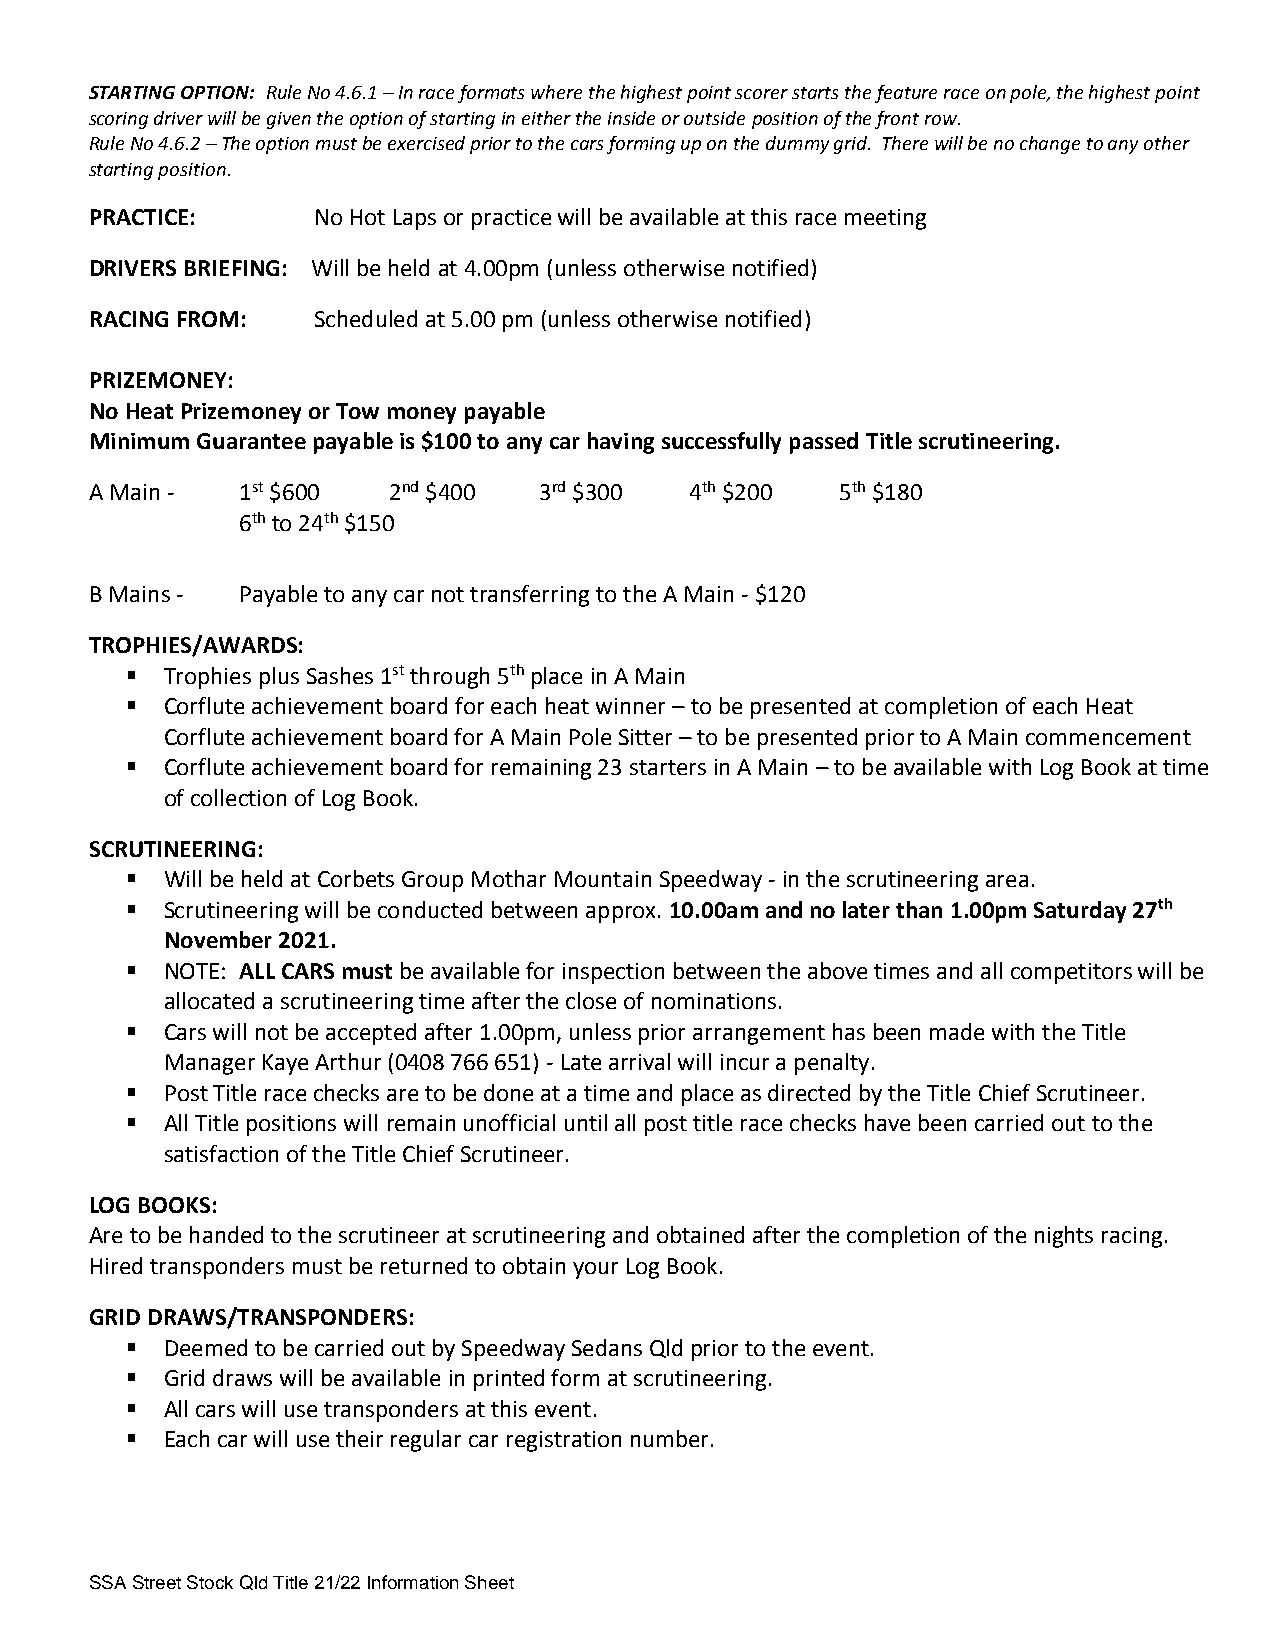
STARTING OPTION: Rule No 4.6.1 – In race formats where the highest point scorer starts the feature race on pole, the highest point
 scoring driver will be given the option of starting in either the inside or outside position of the front row.
 Rule No 4.6.2 – The option must be exercised prior to the cars forming up on the dummy grid. There will be no change to any other
 starting position.
 PRACTICE:      No Hot Laps or practice will be available at this race meeting
 DRIVERS BRIEFING: Will be held at 4.00pm (unless otherwise notified)
 RACING FROM:   Scheduled at 5.00 pm (unless otherwise notified)
 PRIZEMONEY:
 No Heat Prizemoney or Tow money payable
 Minimum Guarantee payable is $100 to any car having successfully passed Title scrutineering.
 A Main -  1st $600  2nd $400  3rd $300  4th $200  5th $180
 6th to 24th $150
 B Mains - Payable to any car not transferring to the A Main - $120
 TROPHIES/AWARDS:
   Trophies plus Sashes 1st through 5th place in A Main
   Corflute achievement board for each heat winner – to be presented at completion of each Heat
 Corflute achievement board for A Main Pole Sitter – to be presented prior to A Main commencement
   Corflute achievement board for remaining 23 starters in A Main – to be available with Log Book at time
 of collection of Log Book.
 SCRUTINEERING:
   Will be held at Corbets Group Mothar Mountain Speedway - in the scrutineering area.
   Scrutineering will be conducted between approx. 10.00am and no later than 1.00pm Saturday 27th
 November 2021.
   NOTE: ALL CARS must be available for inspection between the above times and all competitors will be
 allocated a scrutineering time after the close of nominations.
   Cars will not be accepted after 1.00pm, unless prior arrangement has been made with the Title
 Manager Kaye Arthur (0408 766 651) - Late arrival will incur a penalty.
   Post Title race checks are to be done at a time and place as directed by the Title Chief Scrutineer.
   All Title positions will remain unofficial until all post title race checks have been carried out to the
 satisfaction of the Title Chief Scrutineer.
 LOG BOOKS:
 Are to be handed to the scrutineer at scrutineering and obtained after the completion of the nights racing.
 Hired transponders must be returned to obtain your Log Book.
 GRID DRAWS/TRANSPONDERS:
   Deemed to be carried out by Speedway Sedans Qld prior to the event.
   Grid draws will be available in printed form at scrutineering.
   All cars will use transponders at this event.
   Each car will use their regular car registration number.
 SSA Street Stock Qld Title 21/22 Information Sheet